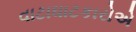
વાટાઘાટકારોએ